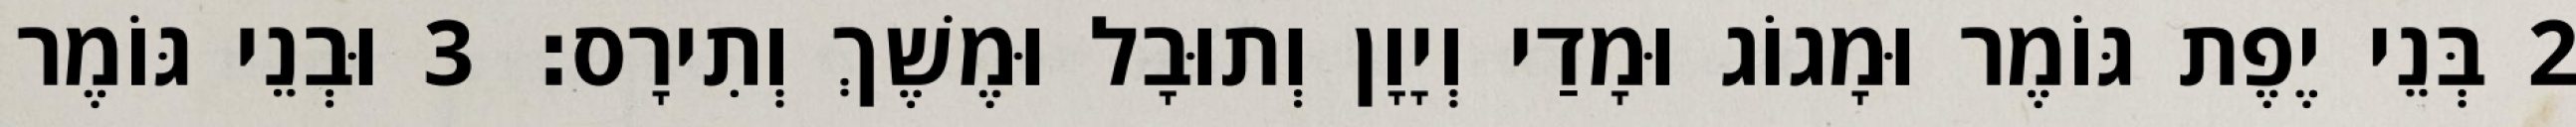
2 בְּנֵי יֶפֶת גּוֹמֶר וּמָגוֹג וּמָדַי וְיָוָן וְתוּבָל וּמֶשֶׁךְ וְתִירָס׃ 3 וּבְנֵי גּוֹמֶר